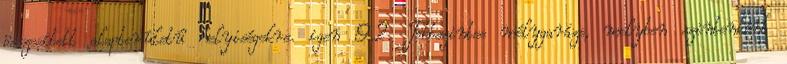
összesített alapterületû helyiségekre. igen 9.2. Többszintes mélygarázs, melyben szintenként